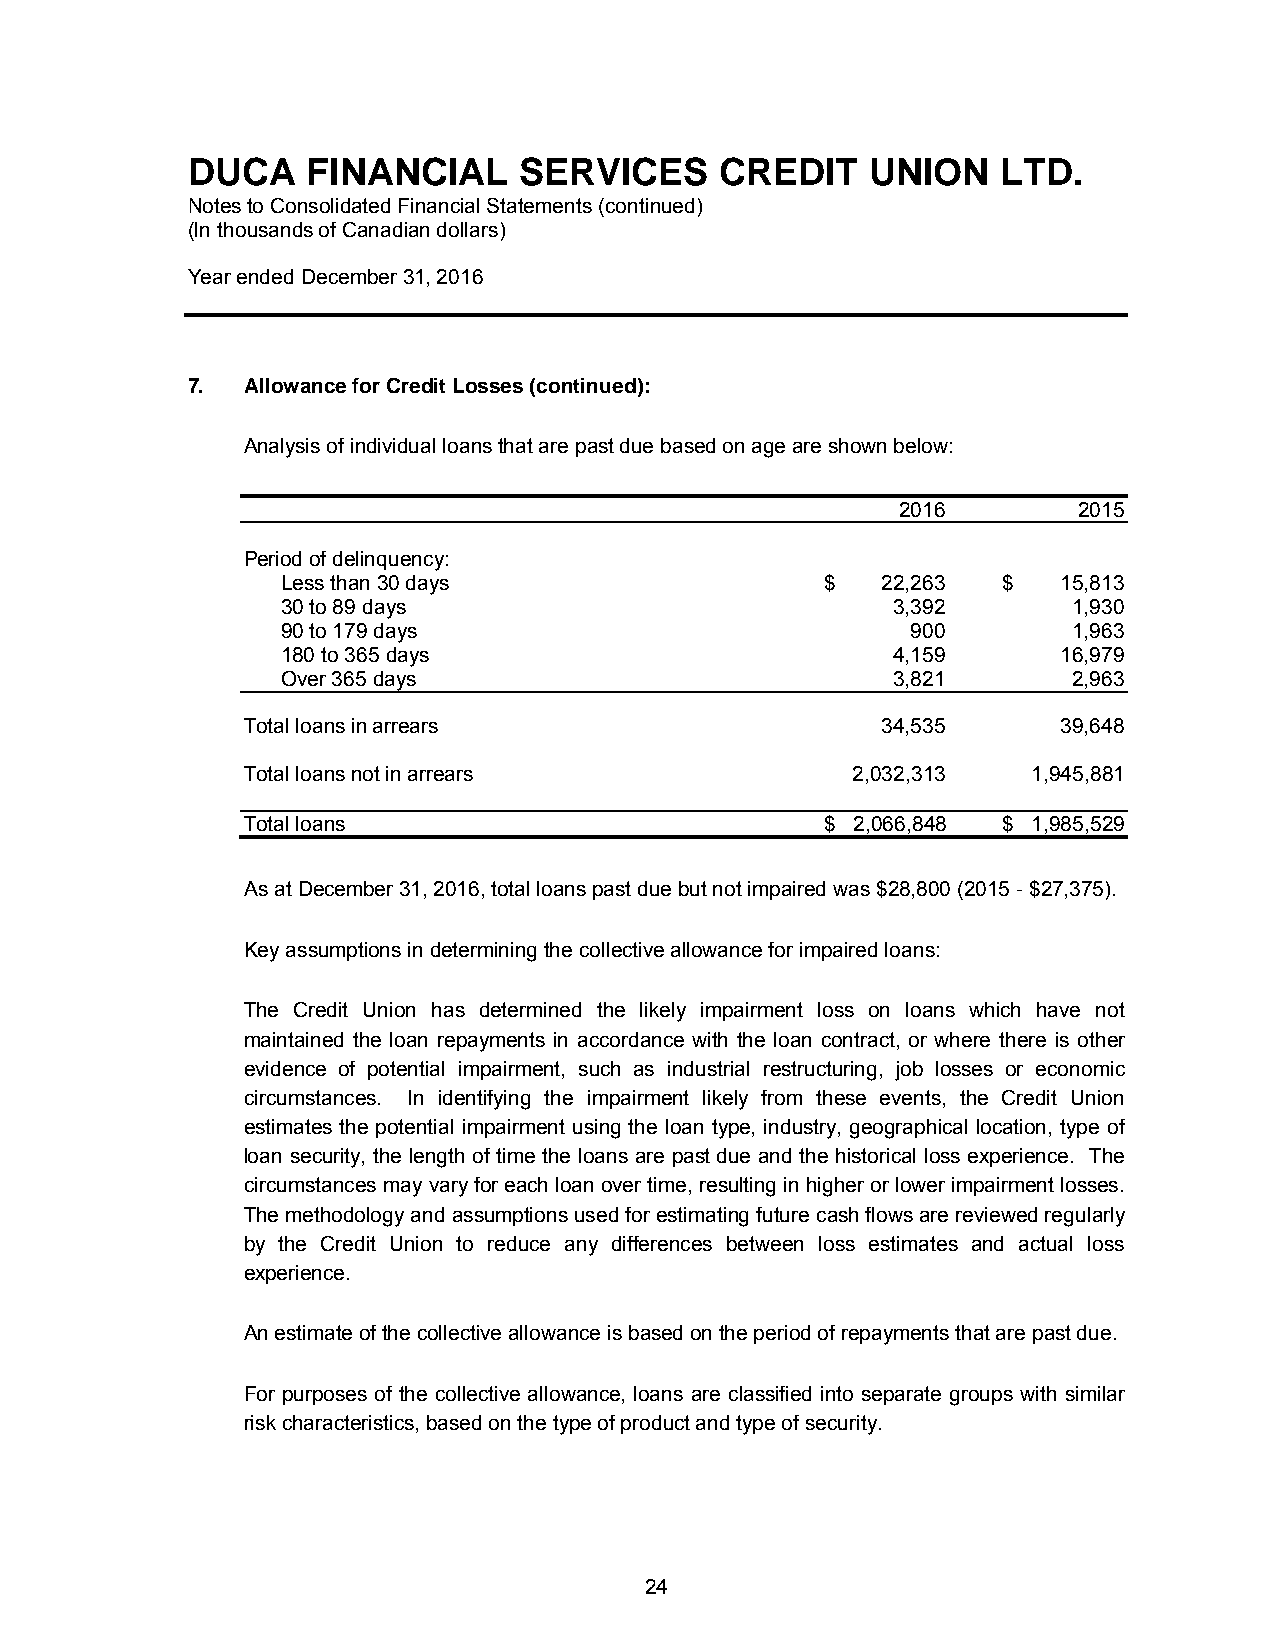
DUCA    FINANCIAL     SERVICES      CREDIT    UNION   LTD.
 Notes to Consolidated Financial Statements (continued)
 (In thousands of Canadian dollars)
 Year ended December 31, 2016
 7.  Allowance for Credit Losses (continued):
 Analysis of individual loans that are past due based on age are shown below:
 2016       2015
 Period of delinquency:
 Less than 30 days                   $  22,263  $   15,813
 30 to 89 days                           3,392       1,930
 90 to 179 days                           900        1,963
 180 to 365 days                         4,159      16,979
 Over 365 days                           3,821       2,963
 Total loans in arrears                    34,535      39,648
 Total loans not in arrears              2,032,313   1,945,881
 Total loans                            $ 2,066,848 $ 1,985,529
 As at December 31, 2016, total loans past due but not impaired was $28,800 (2015 - $27,375).
 Key assumptions in determining the collective allowance for impaired loans:
 The Credit Union has determined the likely impairment loss on loans which have not
 maintained the loan repayments in accordance with the loan contract, or where there is other
 evidence of potential impairment, such as industrial restructuring, job losses or economic
 circumstances. In identifying the impairment likely from these events, the Credit Union
 estimates the potential impairment using the loan type, industry, geographical location, type of
 loan security, the length of time the loans are past due and the historical loss experience. The
 circumstances may vary for each loan over time, resulting in higher or lower impairment losses.
 The methodology and assumptions used for estimating future cash flows are reviewed regularly
 by the Credit Union to reduce any differences between loss estimates and actual loss
 experience.
 An estimate of the collective allowance is based on the period of repayments that are past due.
 For purposes of the collective allowance, loans are classified into separate groups with similar
 risk characteristics, based on the type of product and type of security.
 24